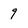
Character: 9